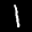
Label: 1